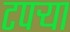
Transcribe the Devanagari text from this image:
टपर्‍या